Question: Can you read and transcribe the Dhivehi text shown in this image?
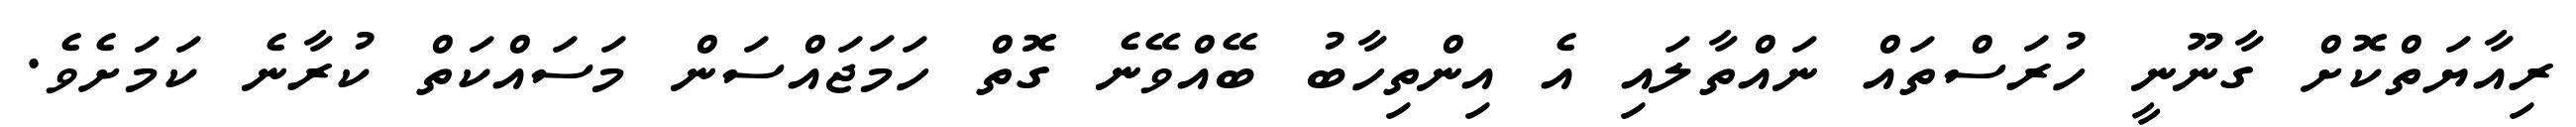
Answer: ރިއާޔަތްކޮށް ގާނޫނީ ހުރަސްތައް ނައްތާލައި އެ އިންތިހާބު ބޭއްވޭނެ ގޮތް ހަމަޖައްސަން މަސައްކަތް ކުރާނެ ކަމަށެވެ.